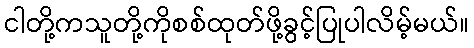
ငါတို့ကသူတို့ကိုစစ်ထုတ်ဖို့ခွင့်ပြုပါလိမ့်မယ်။